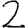
Digit: 2